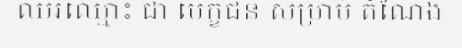
ឈរឈ្មោះ ជា បេក្ខជន សម្រាប់ តំណែង